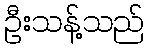
ဦးသန့်သည်